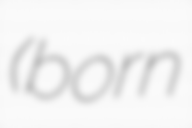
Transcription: (born